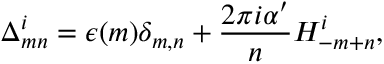
\Delta _ { m n } ^ { i } = \epsilon ( m ) \delta _ { m , n } + \frac { 2 \pi i \alpha ^ { \prime } } { n } H _ { - m + n } ^ { i } ,